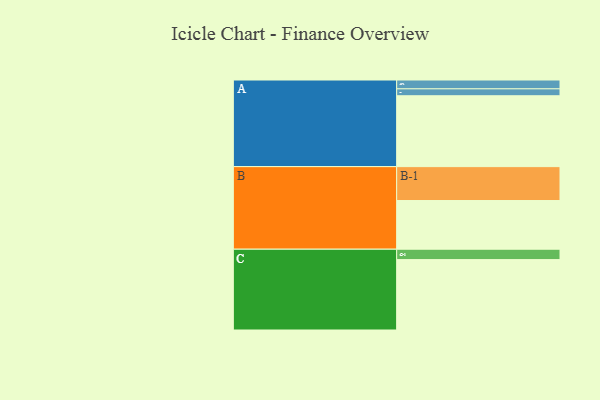
{"axis": {"x": "Segment", "y": "Value"}, "legend": ["", "A", "B", "C"], "data": [{"x": "A", "y": 594, "type": ""}, {"x": "B", "y": 408, "type": ""}, {"x": "C", "y": 590, "type": ""}, {"x": "A-1", "y": 74, "type": "A"}, {"x": "A-2", "y": 58, "type": "A"}, {"x": "B-1", "y": 284, "type": "B"}, {"x": "C-1", "y": 87, "type": "C"}]}